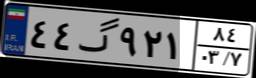
۴۴گ۹۲۱۸۴